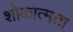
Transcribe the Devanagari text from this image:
शोकात्मता